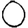
Digit: 0